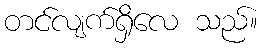
တင်လျက်ရှိလေ သည်။